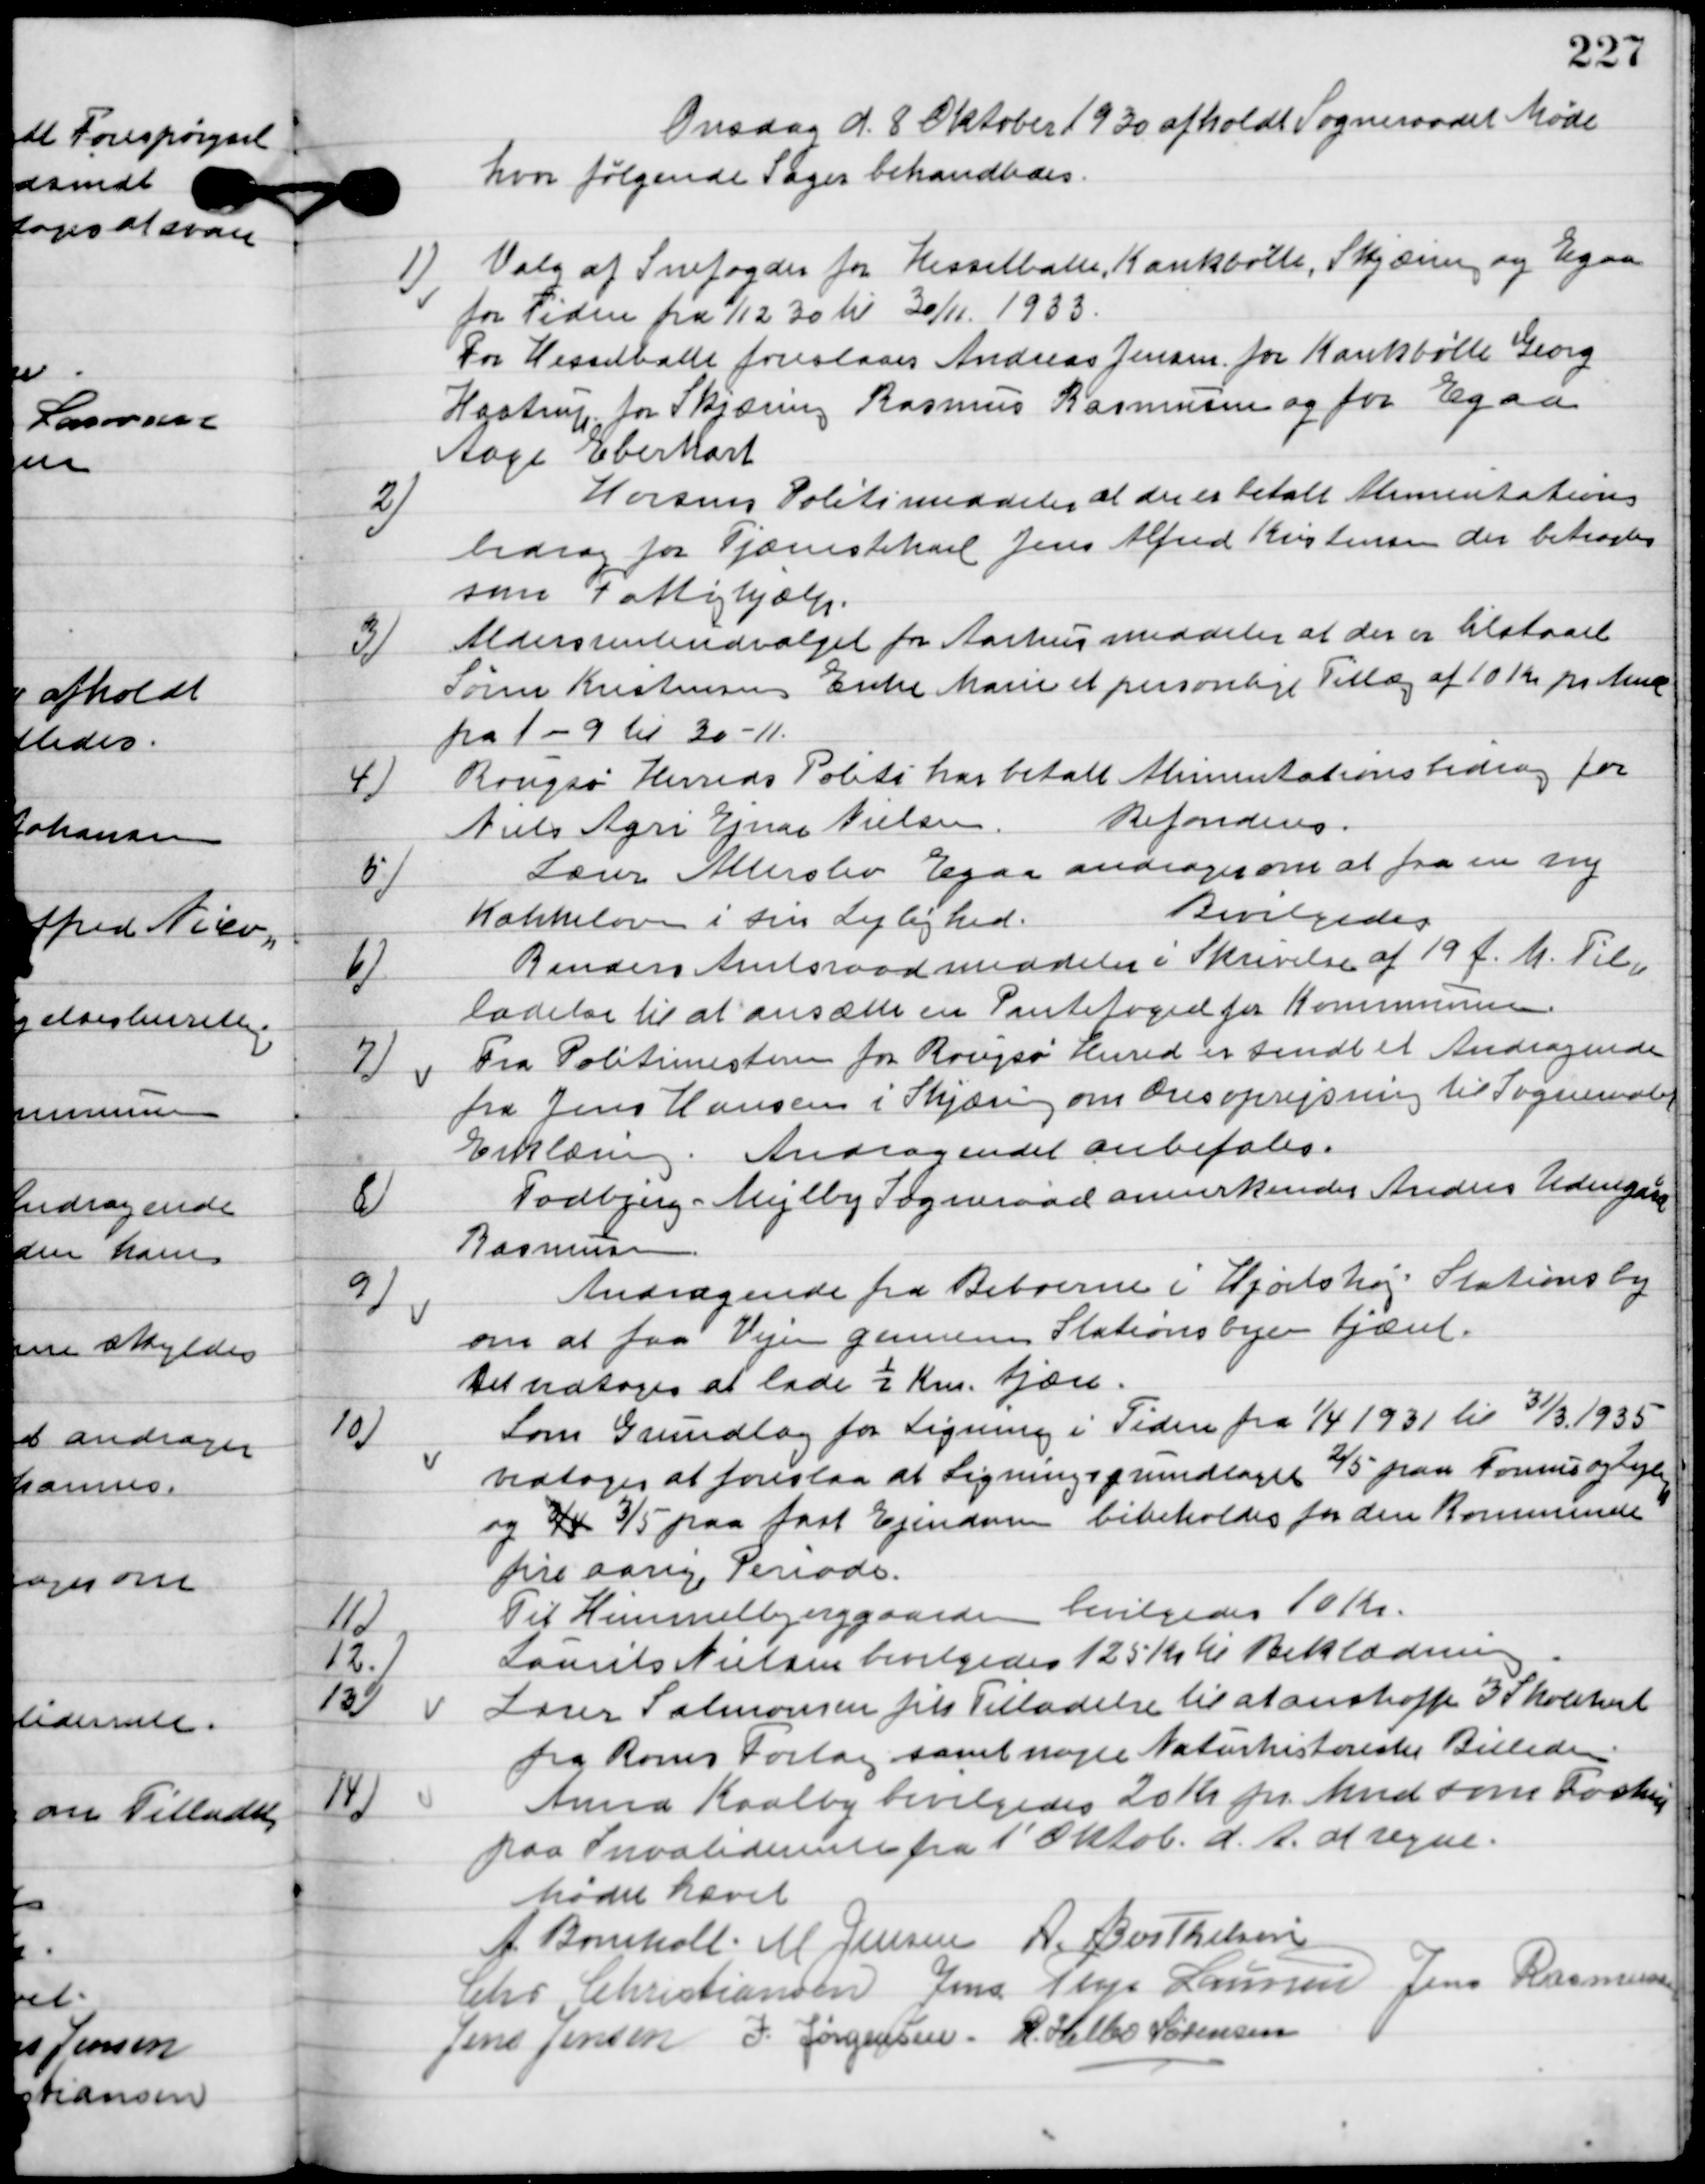
Transskription:
Onsdag d. 8. Oktober 1930 afholdt Sogneraadet Møde
hvor følgende sager behandledes.

1

Valg af Snefoged for Hesselballe Kankbølle, Skjæring og Egaa
for tiden fra 1/12 30 til 30/11 1933.
For Hesselballe foreslaaes Andreas Jensen, for Kankbølle Georg
Hastrup, for Skjæring Rasmus Rasmussen og for Egaa
Aage Eberhart.

2.

Horsens Politi meddeler at der er betalt Alimentations-
bidrag for tjærehandler Jens Alfred Kristensen der betragtes
som Fattighjælp.

3.

Aldersrenteudvalget fra Aarhus meddeler at der er tilstaaet
Søren Kristensens enke Marie et personligt Tillæg af 10 Kr. pr. Mndr.
fra 1-9 til 30-11.

4

Rougsø Herreds Politi har betalt Alimentationsbidrag for
Niels Agri Ejnar Nielsen.
Refunderes.

5

Lærer Alderslev Egaa andrager om at fra en ny
Kakkelovn i sin Lejlighed.
Bevilgedes.

6

Randers Amtsraad meddeler i Skrivelse af 19 f. M. Til-
ladelse til at ansætte en Pantefoged for kommunen.

7

Fra Politimesteren for Rougsø Herred er sendt et Andragender
fra Jens Hansen i Skjæring om Overoprejsning til Sogneraadets
Erklæring.
Andragendet anbefales.

8

Todbjerg-Mejlby Sogneraad annerkender Anders Udengaard
Rasmussen.

9

Andragende fra Beboerne i Hjortshøj Stationsby
om af faa Vejen gennem stationsbyen tjæret.
Det vedtoges at lade ½ Km tjære.

10

Som Grundlag for Ligning i Tiden fra1/4 1931 til 31/3 1935
vedtoges at foreslaa at Ligningsgrundlaget 2/5 paa formues
og Ligning og 3/5 paa Ejendom bibeholdes for den Kommende
fire aarige Periode.

11

Til Himmelbjerg gaarden bevilgedes 10 Kr.

12

Laurits Nielsen bevilgedes 125 Kr. til Beklædning.

13

Lærer Salomonsen fik Tilladelse til at anskaffe 3 skolekort 
fra Roms Forlag samt nogle Naturhistoriske Billeder.

14

Anna Kaalby bevilgedes 20 Kr. pr. Mnd som Forskud
paa Invalidepensionen fra 1´ Oktob. d. A. at regne.

Mødet hævet.

A. Bomholt
M. Jensen
A. Berthelsen
Chr. Christiansen
Jens Terp Laursen
 Jens Rasmussen
Jens Jensen
I. Jørgensen
R. Helbo Sørensen